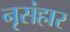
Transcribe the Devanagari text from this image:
नृसंहार